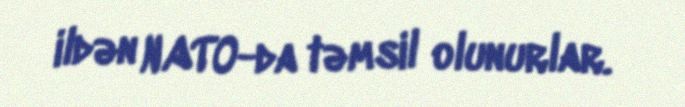
ildən NATO-da təmsil olunurlar.